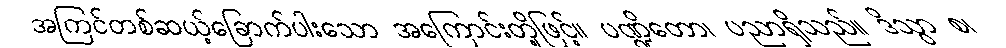
အကြင်တစ်ဆယ့်ခြောက်ပါးသော အကြောင်းတို့ဖြင့်။ ပဏ္ဍိတော၊ ပညာရှိသည်။ ဒိသွာ စ၊